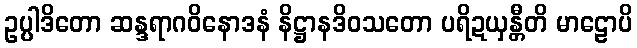
ဥပ္ပါဒိတော ဆန္ဒရာဂဝိနောဒနံ နိဋ္ဌာနဒိဝသတော ပရိဍယှန္တီတိ မာဠောပိ